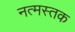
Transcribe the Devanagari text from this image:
नत्मस्तक